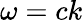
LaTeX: \omega=ck